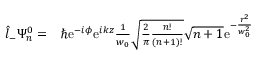
\begin{array} { r l } { \hat { l } _ { - } \Psi _ { n } ^ { 0 } = } & { { } \hbar \mathrm { e } ^ { - i \phi } \mathrm { e } ^ { i k z } \frac { 1 } { w _ { 0 } } \sqrt { \frac { 2 } { \pi } \frac { n ! } { ( n + 1 ) ! } } \sqrt { n + 1 } \mathrm { e } ^ { - \frac { r ^ { 2 } } { w _ { 0 } ^ { 2 } } } } \end{array}